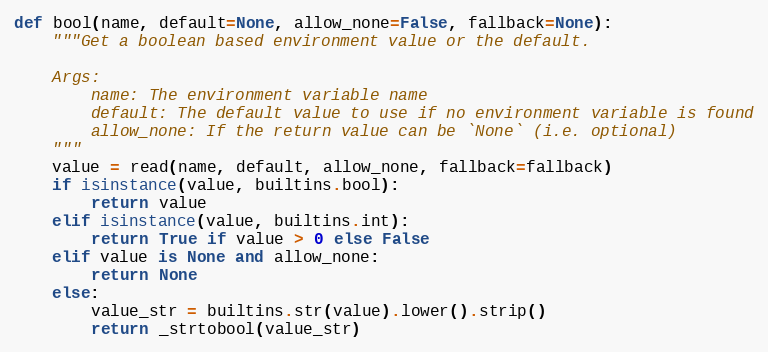
Language: Python
def bool(name, default=None, allow_none=False, fallback=None):
    """Get a boolean based environment value or the default.

    Args:
        name: The environment variable name
        default: The default value to use if no environment variable is found
        allow_none: If the return value can be `None` (i.e. optional)
    """
    value = read(name, default, allow_none, fallback=fallback)
    if isinstance(value, builtins.bool):
        return value
    elif isinstance(value, builtins.int):
        return True if value > 0 else False
    elif value is None and allow_none:
        return None
    else:
        value_str = builtins.str(value).lower().strip()
        return _strtobool(value_str)